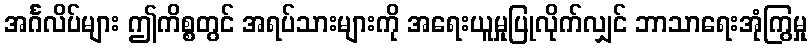
အင်္ဂလိပ်များ ဤကိစ္စတွင် အရပ်သားများကို အရေးယူမှုပြုလိုက်လျှင် ဘာသာရေးအုံကြွမှု